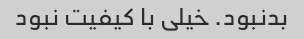
بدنبود. خیلی با کیفیت نبود